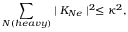
\sum _ { N ( h e a v y ) } \mid K _ { N e } \mid ^ { 2 } \leq \kappa ^ { 2 } ,